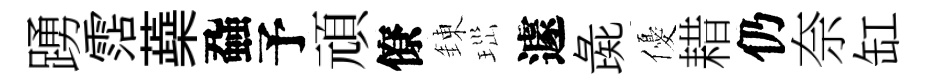
踴霑蘃蝨予頑僚錬𤤼遽彘優耤仍奈缸